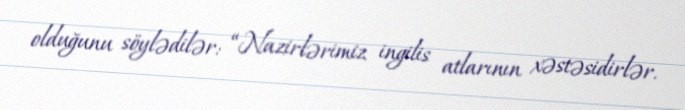
olduğunu söylədilər: “Nazirlərimiz ingilis atlarının xəstəsidirlər.